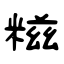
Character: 糍